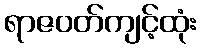
ရာဇဝတ်ကျင့်ထုံး